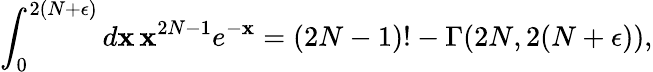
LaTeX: \int_{0}^{2(N+\epsilon)}d\mathbf{x}\, \mathbf{x}^{2N-1}e^{-\mathbf{x}}=(2N-1)!-\Gamma(2N,2(N+\epsilon)),